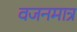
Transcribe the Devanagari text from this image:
वजनमात्र